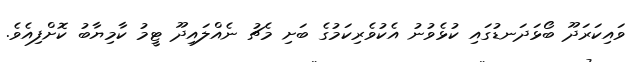
ވައިކަރަދޫ ބޯޅަދަނޑުގައި ކުޅެވުނު އެކުވެރިކަމުގެ ބަށި މެޗު ނެއްލައިދޫ ޓީމު ކާމިޔާބު ކޮށްފިއެވެ.